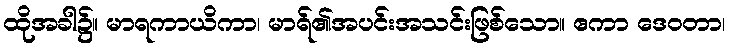
ထိုအခါ၌။ မာရကာယိကာ၊ မာရ်၏အပင်းအသင်းဖြစ်သော။ ဧကာ ဒေဝတာ၊